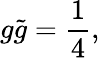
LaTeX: g\tilde{g}=\frac{1}{4},